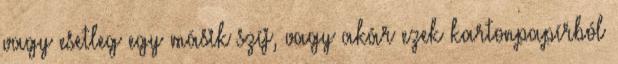
vagy esetleg egy másik szíj, vagy akár ezek kartonpapírból